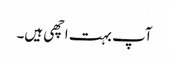
آپ بہت اچھی ہیں۔